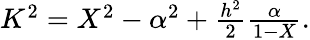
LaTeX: \begin{array}{r}{K^{2}=X^{2}-\alpha^{2}+\frac{h^{2}}{2}\frac{\alpha}{1-X}.}\end{array}